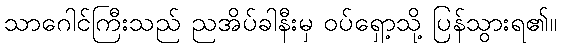
သာဂေါင်ကြီးသည် ညအိပ်ခါနီးမှ ဝပ်ရှော့သို့ ပြန်သွားရ၏။